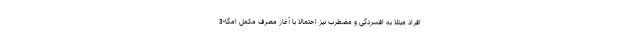
افراد مبتلا به افسردگی و مضطرب نیز احتمالا با آغاز مصرف مکمل امگا-3